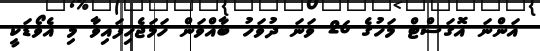
އަންނަ އޮގަސްޓް މަހުގެ 26 ވަނަ ދުވަހު ބާއްވަން ހަމަޖެހިފައިވާ މި އެވޯޑަކީ